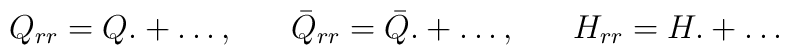
Q_{rr} = Q. + \ldots, \;\;\;\;\;\; \bar{Q}_{rr} = \bar{Q}. + \ldots,\;\;\;\;\;\;H_{rr} = H. + \ldots